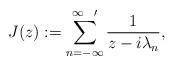
LaTeX: \begin{align*}J(z):=\sum _{n=-\infty }^{\infty \, \, \, \, \, \prime }\frac{1}{z-i\lambda _{n}},\end{align*}